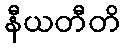
နီယတီတိ